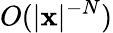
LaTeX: O(|\mathbf{x}|^{-N})